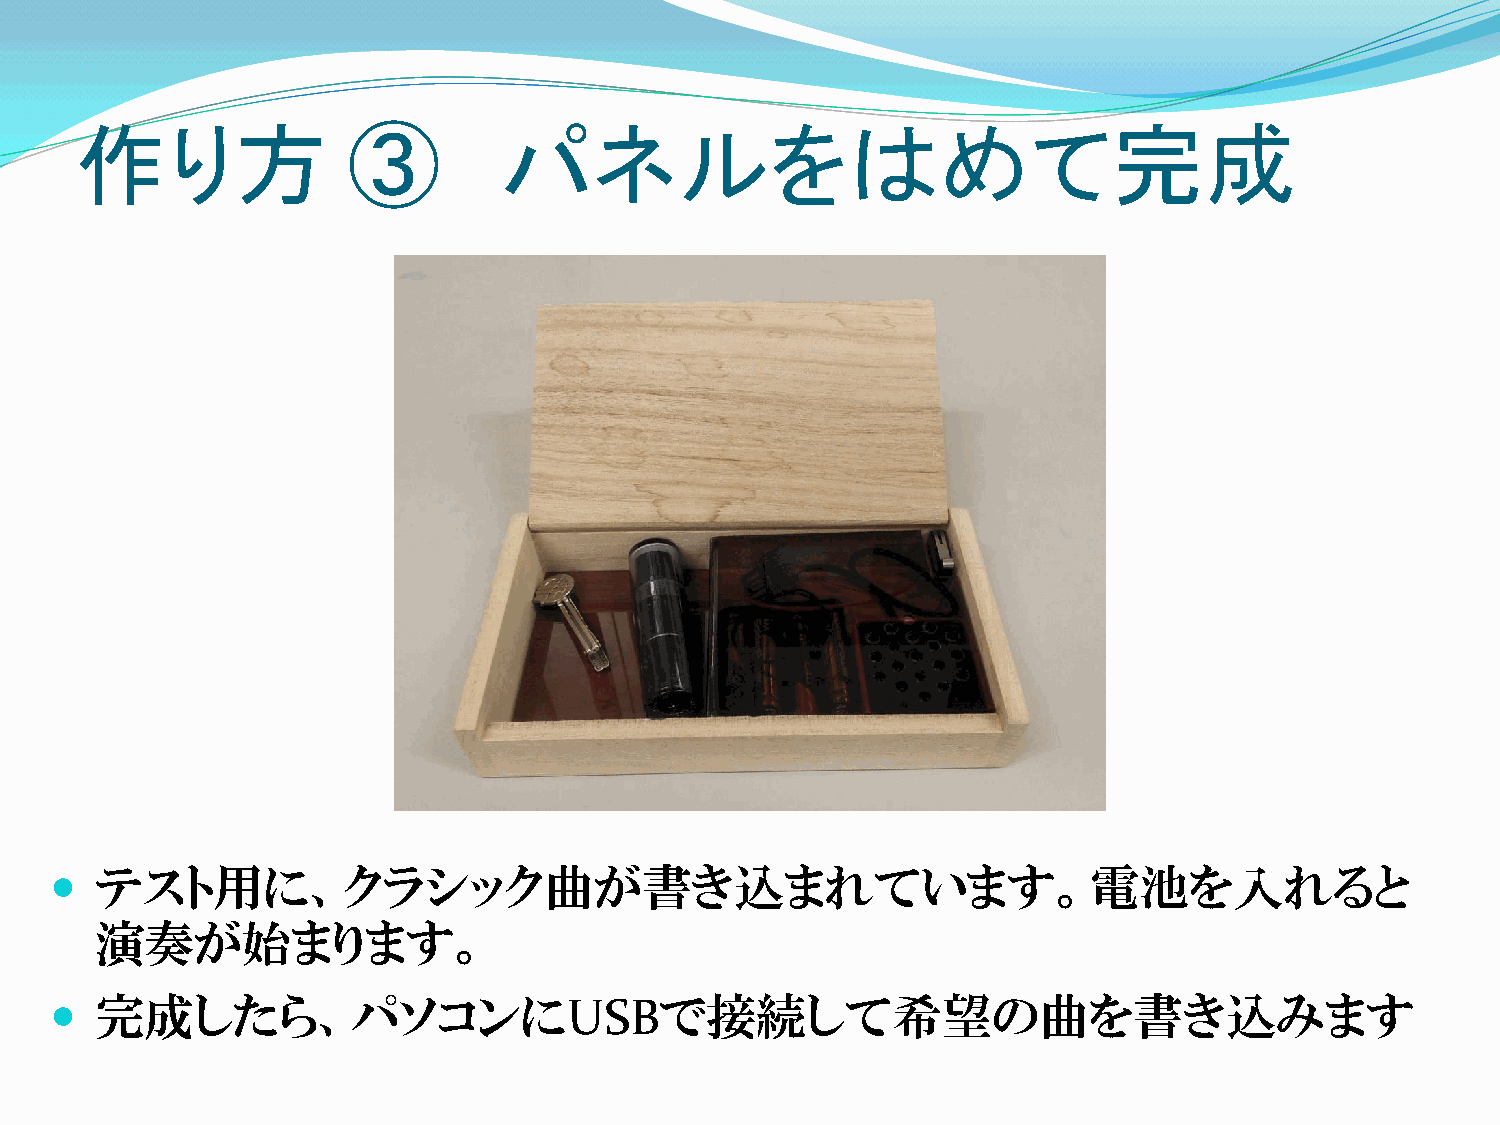
作り方               ③         パネルをはめて完成
   テスト用に、クラシック曲が書き込まれています。電池を入れると
 演奏が始まります。
   完成したら、パソコンにUSBで接続して希望の曲を書き込みます